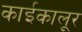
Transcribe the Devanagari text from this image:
काईकालूर